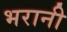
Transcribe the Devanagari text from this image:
भरानी